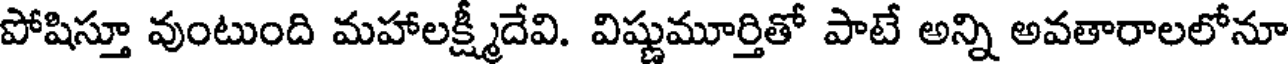
పోషిస్తూ వుంటుంది మహాలక్ష్మీదేవి. విష్ణుమూర్తితో పాటే అన్ని అవతారాలలోనూ